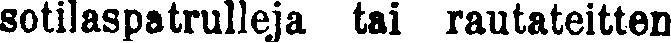
sotilaspatrulleja tai rautateitten